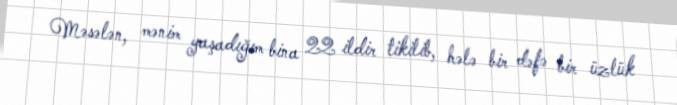
Məsələn, mənim yaşadığım bina 22 ildir tikilib, hələ bir dəfə bir üzlük